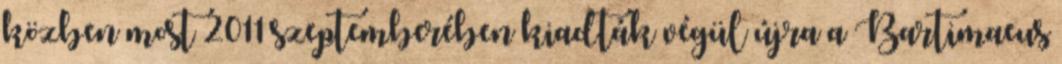
közben most 2011 szeptemberében kiadták végül újra a Bartimaeus